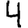
Digit: 4